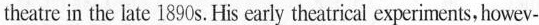
theatre in the latc l890 s. His carly theatrical experiments, howev-